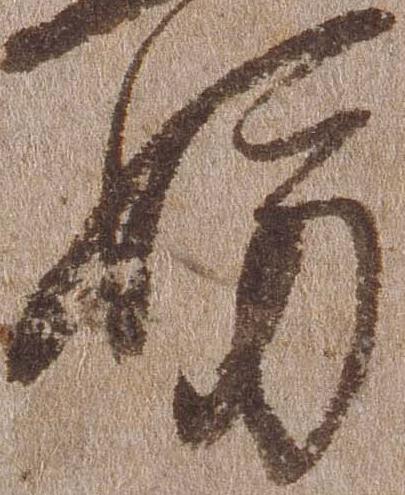
妨